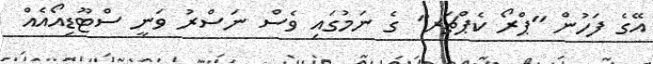
އޭގެ ފަހުން "ޕްރޯ ކެޕްޗަރ" ގެ ނަމުގައި ވެސް ނަސްރު ވަނީ ސްޓޫޑިއޯއެއް